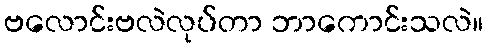
ဗလောင်းဗလဲလုပ်တာ ဘာကောင်းသလဲ။